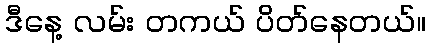
ဒီနေ့ လမ်း တကယ် ပိတ်နေတယ်။